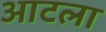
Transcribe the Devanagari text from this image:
आटला